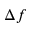
\Delta f